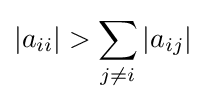
\left|a_{ii}\right|>\sum _{j\neq i}{\left|a_{ij}\right|}